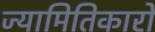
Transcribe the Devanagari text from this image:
ज्यामितिकारों